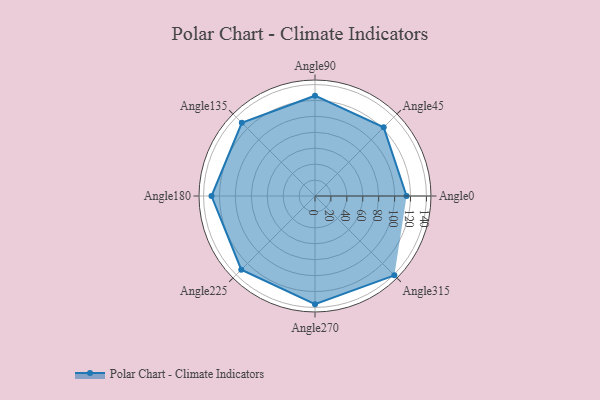
{"axis": {"x": "Angle", "y": "Radius"}, "legend": [""], "data": [{"x": "Angle0", "y": 115.0, "type": ""}, {"x": "Angle45", "y": 122.0, "type": ""}, {"x": "Angle90", "y": 126.0, "type": ""}, {"x": "Angle135", "y": 130.0, "type": ""}, {"x": "Angle180", "y": 130.0, "type": ""}, {"x": "Angle225", "y": 131.0, "type": ""}, {"x": "Angle270", "y": 136.0, "type": ""}, {"x": "Angle315", "y": 141.0, "type": ""}]}